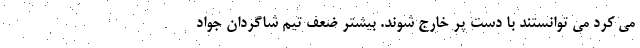
می کرد می توانستند با دست پر خارج شوند. بیشتر ضعف تیم شاگردان جواد